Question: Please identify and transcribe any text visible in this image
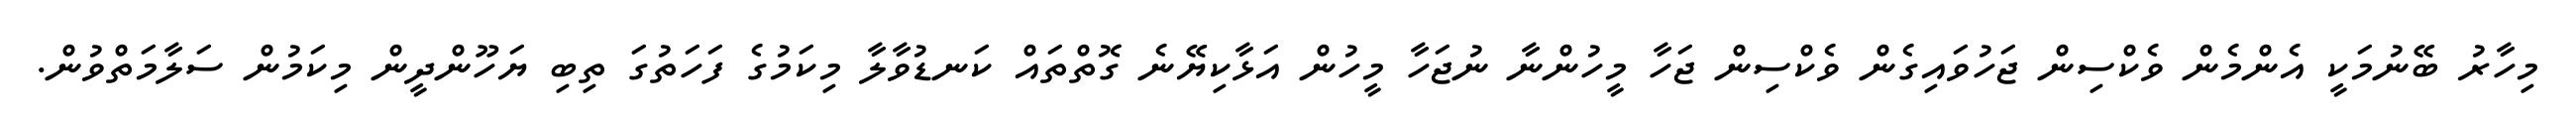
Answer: މިހާރު ބޭނުމަކީ އެންމެން ވެކްސިން ޖަހުވައިގެން ވެކްސިން ޖަހާ މީހުންނާ ނުޖަހާ މީހުން އަޅާކިޔޭނެ ގޮތްތައް ކަނޑުވާލާ މިކަމުގެ ފަހަތުގަ ތިބި ޔަހޫންދީން މިކަމުން ސަލާމަތްވުން.